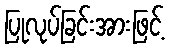
ပြုလုပ်ခြင်းအားဖြင့်